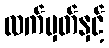
လက်မှတ်နှင့်